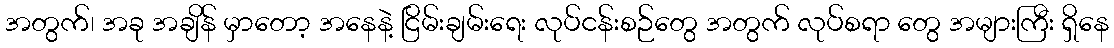
အတွက်၊ အခု အချိန် မှာတော့ အနေနဲ့ ငြိမ်းချမ်းရေး လုပ်ငန်းစဉ်တွေ အတွက် လုပ်စရာ တွေ အများကြီး ရှိနေ